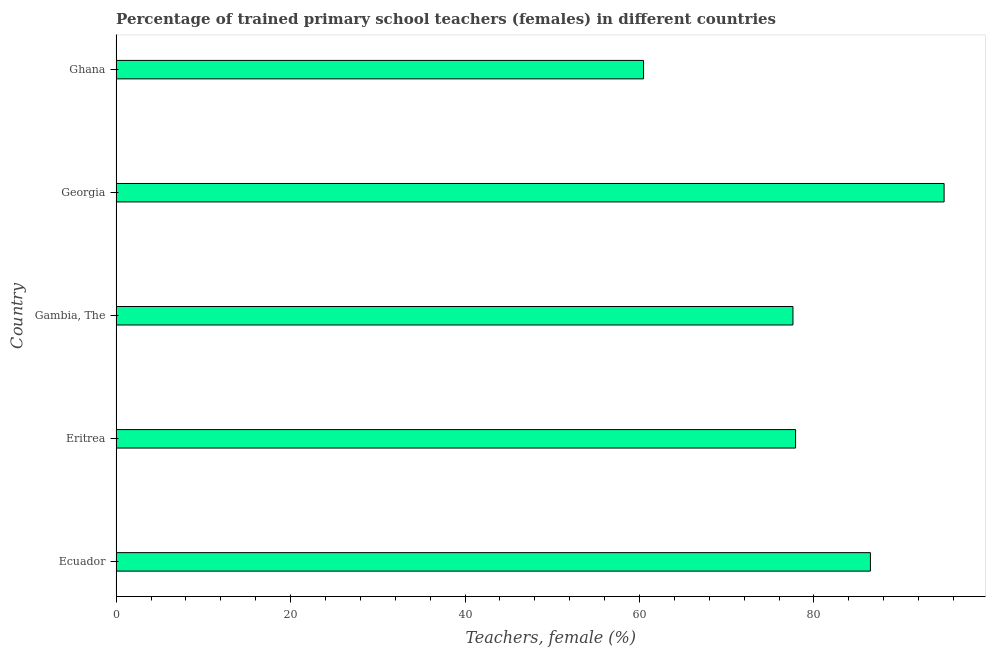
| Country | Trained teachers female |
 | --- | --- |
 | Ecuador | 86.5 |
 | Eritrea | 77.9 |
 | Gambia, The | 77.6 |
 | Georgia | 94.9 |
 | Ghana | 60.5 |